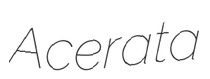
Acerata